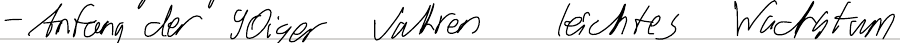
- Anfang der 90iger Jahren leichtes Wachstum